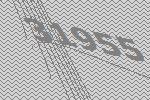
31955